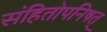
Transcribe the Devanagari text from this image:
संहितोपनिषत्